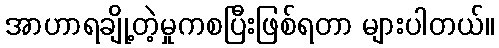
အာဟာရချို့တဲ့မှုကစပြီးဖြစ်ရတာ များပါတယ်။